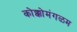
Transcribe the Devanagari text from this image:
कोक्कोमंगळम